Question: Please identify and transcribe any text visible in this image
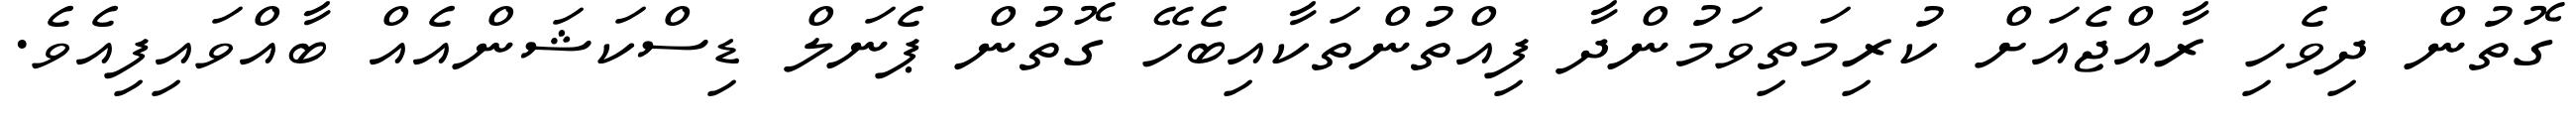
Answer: ގޮތުން ދިވެހި ރާއްޖެއަށް ކުރިމަތިވަމުންދާ ފިއްތުންތަކާއިބެހޭ ގޮތުން ޕެނަލް ޑިސްކަޝަންއެއް ބާއްވައިފިއެވެ.